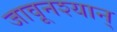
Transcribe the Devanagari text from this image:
जावूनश्यान्